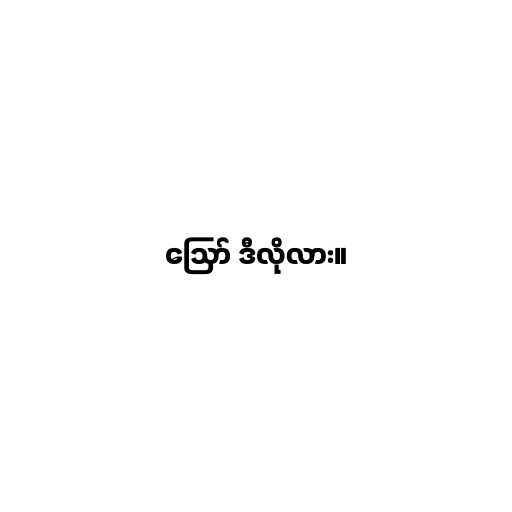
ဪ ဒီလိုလား။